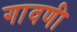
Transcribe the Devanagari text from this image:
गावणी